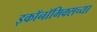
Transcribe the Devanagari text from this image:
इकॉनॉमिक्सच्या